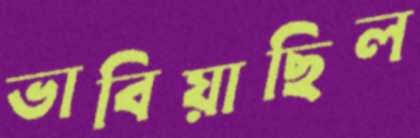
ভাবিয়াছিল